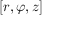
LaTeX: [ r , \varphi , z ]